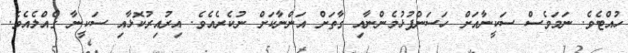
ހުއްޓެވެ. ނަމަވެސް ސަކީނާއަށް ހަސަންފުޅުމެންނާއި ގާތަށް އަންނާކަށް ނުކެރެއެވެ. އިރުއިރުކޮޅާއި ސަކީނާ ގެއްލެއެވެ.